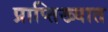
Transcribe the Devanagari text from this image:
प्राप्तिख्यात